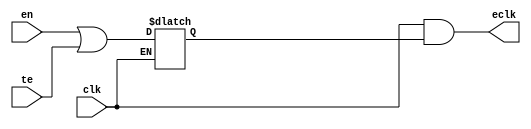
//#############################################################################
//# Function: Integrated "And" Clock Gating Cell (And)                        #
//# Copyright: Lambda Project Authors. All rights Reserved.                   #
//# License:  MIT (see LICENSE file in Lambda repository)                     #
//#############################################################################

module la_clkicgand #(
    parameter PROP = "DEFAULT"
) (
    input  clk,  // clock input
    input  te,   // test enable
    input  en,   // enable (from positive edge FF)
    output eclk  // enabled clock output
);

    reg en_stable;

    always @(clk or en or te) if (~clk) en_stable <= en | te;

    assign eclk = clk & en_stable;

endmodule